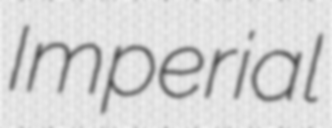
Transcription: Imperial